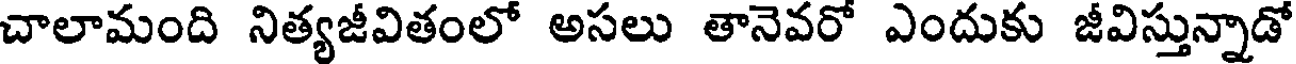
చాలామంది నిత్యజీవితంలో అసలు తానెవరో ఎందుకు జీవిస్తున్నాడో